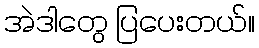
အဲဒါတွေ ပြပေးတယ်။